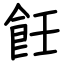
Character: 飪